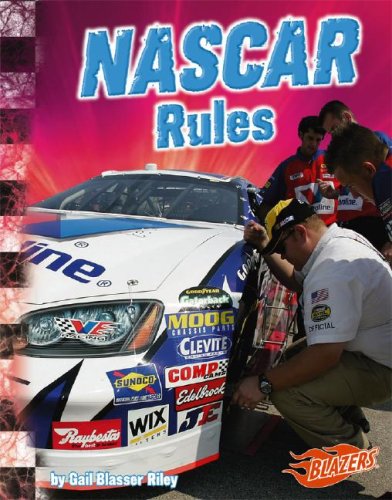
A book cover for NASCAR Rules (The World of NASCAR); Gail B. Riley; Children's Books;